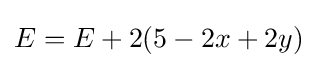
E=E+2(5-2x+2y)